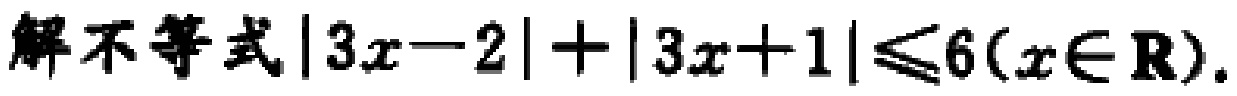
解不等式\(\vert 3x - 2\vert+\vert 3x + 1\vert\leqslant6(x\in\mathbf{R})\).